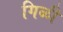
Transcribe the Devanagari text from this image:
गिळी